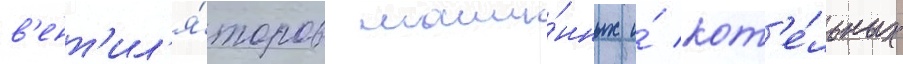
в'ент'ил'я́торов маши́нных и́ кот'е́льных